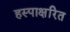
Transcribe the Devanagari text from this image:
हस्पाक्षरित